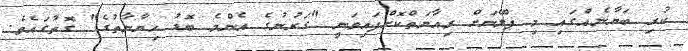
ކުރި ބަޔާނެއްގައި މި ޕްލޭނަށް ރިއާޔަތްކޮށްފައިވަނީ "ގަރުނުގެ އެންމެ ބޮޑު ހިޔާނާތުގެ" ގޮތުގައެވެ.